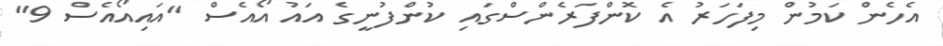
އެހެން ކަމުން މިފަހަރު އެ ކޮންފަރެންސްގައި ކުންފުނީގެ އައު އޯއެސް "އައިއޯއެސް 9"